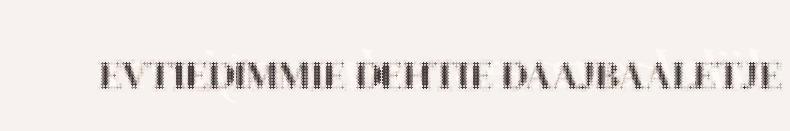
EVTIEDIMMIE DEHTIE DAAJBAALETJE